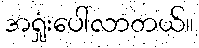
အရှုံးပေါ်လာတယ်။